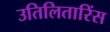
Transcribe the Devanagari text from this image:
उतिलितारिंस